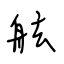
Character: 舷